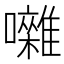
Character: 囃